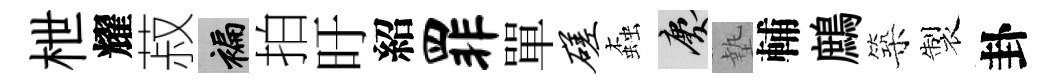
枻耀菽褊拍旴紹罪單磋螙慶墊輔鷓築製卦